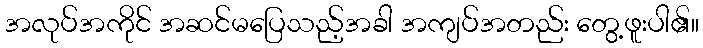
အလုပ်အကိုင် အဆင်မပြေသည့်အခါ အကျပ်အတည်း တွေ့ဖူးပါ၏။